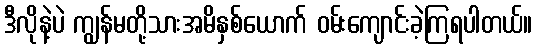
ဒီလိုနဲ့ပဲ ကျွန်မတို့သားအမိနှစ်ယောက် ဝမ်းကျောင်းခဲ့ကြရပါတယ်။